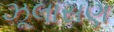
ઝૂલાસણ